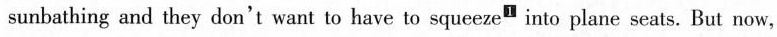
sunbathing and they don't want to have to squeeze^{1} into plane seats. But now,